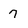
Character: 7